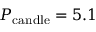
P _ { \mathrm { c a n d l e } } = 5 . 1